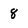
Character: 8